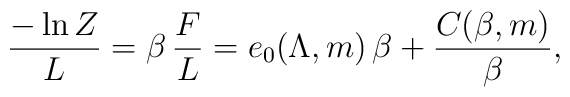
{-\ln Z\over L} = \beta\,{F\over L} = e_0(\Lambda,m)\, \beta + {C(\beta,m)\over\beta},